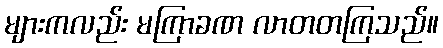
များကလည်း မကြာခဏ လာတတကြသည်။